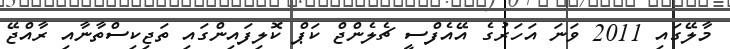
މާލޭގައި 2011 ވަނަ އަހަރުގެ އޭއެފްސީ ޗެލެންޖް ކަޕް ކޮލިފައިންގައި ތަޖިކިސްތާނާއި ރާއްޖޭ